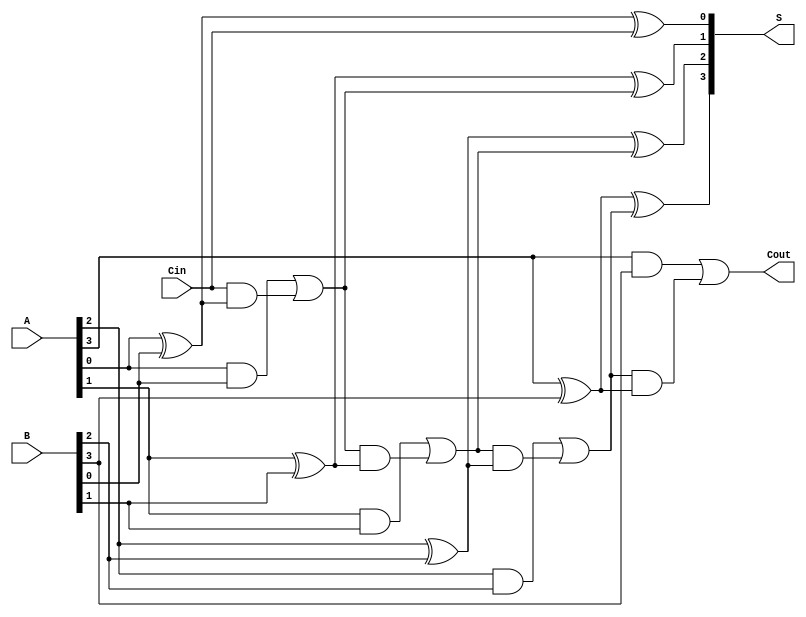
module LingAdder #(parameter n = 4) (
    input [n-1:0] A,      // n-bit input A
    input [n-1:0] B,      // n-bit input B
    input Cin,            // Carry-in
    output [n-1:0] S,     // n-bit sum output S
    output Cout           // Carry-out
);
    // Internal carry signals
    wire [n:0] C;         // Carry bits, C[0] is the carry-in, C[n] is the carry-out
    assign C[0] = Cin;    // Assign the carry-in to the first carry bit

    // Generate the sum and carry for each bit
    genvar i;
    generate
        for (i = 0; i < n; i = i + 1) begin : adder
            // Sum generation
            assign S[i] = A[i] ^ B[i] ^ C[i];  // S[i] = A[i] XOR B[i] XOR C[i]

            // Carry generation
            assign C[i + 1] = (A[i] & B[i]) | (C[i] & (A[i] ^ B[i])); // C[i+1] = (A[i] AND B[i]) OR (C[i] AND (A[i] XOR B[i]))
        end
    endgenerate

    // Carry-out is the last carry bit
    assign Cout = C[n];

endmodule